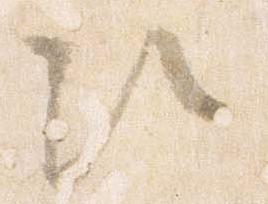
次